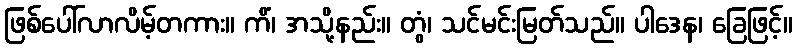
ဖြစ်ပေါ်လာလိမ့်တကား။ ကိံ၊ အသို့နည်း။ တွံ၊ သင်မင်းမြတ်သည်။ ပါဒေန၊ ခြေဖြင့်။